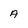
Character: A